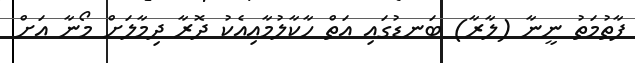
ފާތުމަތު ނީނާ (ލާރާ) ބަނޑުގައި އަތް ހާކާލުމާއިއެކު ދޮރާ ދިމާލަށް މޯނާ އަށް